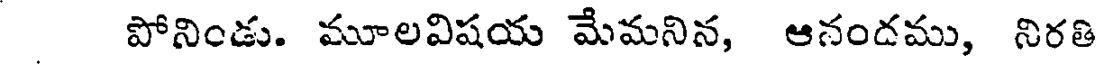
పోనిండు. మూలవిషయ మేమనిన, ఆనందము, నిరతి